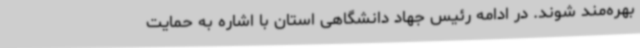
بهره‌مند شوند. در ادامه رئیس جهاد دانشگاهی استان با اشاره به حمایت